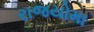
રાજયોમા